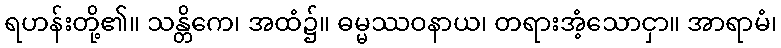
ရဟန်းတို့၏။ သန္တိကေ၊ အထံ၌။ ဓမ္မဿဝနာယ၊ တရားအံ့သောငှာ။ အာရာမံ၊